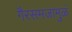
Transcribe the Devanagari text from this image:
गैरसमजामुळं